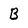
Character: B